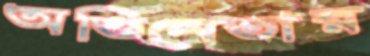
অভিনেতার